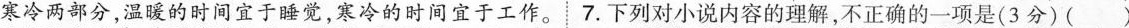
寒冷两部分，温暖的时间宜于睡觉，寒冷的时间宜于工作。7.下列对小说内容的理解，不正确的一项是(3分)()